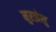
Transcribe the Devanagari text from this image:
मुरझेलु